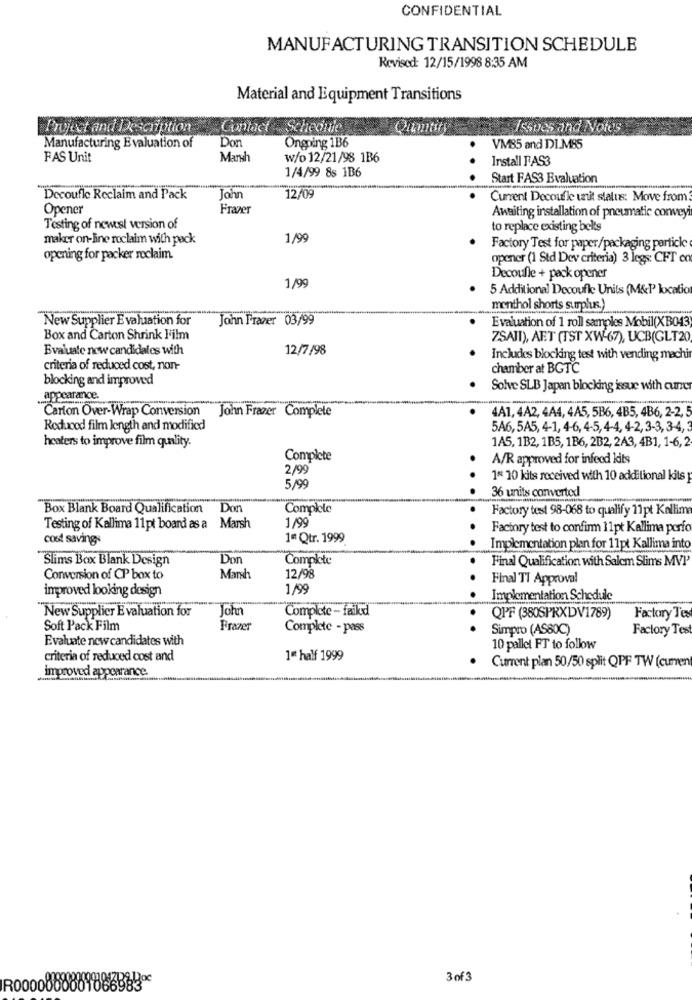
CONFIDENTIAL
MANUFACTURING TRANSITION SCHEDULE
Revised: 12/15/1998 8:35 AM
Material and Equipment Transitions
Project and Description
Contact
Scheonie
Qumtity
Issues and Notes
Don
Manufacturing Evaluation of
Ongoing 1B6
VM85 and DIM85
FAS Unit
Marsh
w/o 12/21/98 1B6
. .
Install FAS3
1/4/99 8s 1B6
.
Sta
Start FAS3 Evaluation
-
Decoufle Reclaim and Pack
John
12/09
Current Decoule tit status: Move from
Opener
Frazer
Awaiting installation of pneumatic conveyi
Testing of newest version of
to replace existing belts
maker on-line roclaim with pack
1/99
Factory Test for paper/packaging particle
opening for packer reclaim.
opener (1 Std Dev criteria) 3 legs: CFT co
Decoufle + pack opener
1/99
5 Additional Decoufle Units (M&P location
menthol shorts surpluss.)
New Supplier E valuation for
John Frazer 03/99
Evaluation of 1 roll samples Mobil(XB043
Box and Carton Shrink Film
ZSAJI), AET (TST XW-67), UCB(GLT20)
Evaluate new candidates with
12/7/98
Includes blocking test with vending machin
criteria of reduced cost, non-
chamber at BGTC
blocking and improved
Solve SLB Japan blocking issue with cuner
appearance.
Carton Over-Wrap Conversion John Frazer Complete
4A1, 4A2, 4A4, 4A5, 5B6, 4B5, 4B6, 2-2, 5
Reduced film length and modified
5A6,5A5, 4-1, 4-6, 4-5, 4-4, 4-2, 3-3, 3-4, 3
heaters to improve film quality.
1A5, 1B2, 1B5, 1B6, 2B2, 2A3, 4B1, 1-6, 2
Complete
A/R approved for infecd lits
2/99
1* 10 kits received with 10 additional kits
5/99
36 units converted
Box Blank Board Qualification
Don
Complete
Factory test 98-068 to qualify 11pt Kallim
1/99
. .
Testing of Kallima 11pt board as a Marsh
Factory test to confirm 11pt Kallima porfo
cost savings
1ª Qtr. 1999
.
Implementation plan for 11pt Kallima into
Slims Box Blank Design
Don
Complete
Final Qualification with Salem Slims MVP'
Conversion of CP box to
Marsh
12/98
Final TT Approval
improved looking design
1/99
.. .
Implementation Schedule
New Supplier E valuation for
John
Complete - faikd
QPF (380SPRXDV1789)
Factory Tes
Soft Pack Film
Prazer
Complete - pass
. .
Simpro (AS80℃)
Factory Test
Evaluate new candidates with
10 pallet FT to follow
criteria of reduced cost and
1ª half 1999
improved appearance
Current plan 50/50 split QPF TW (curren
3 of 3
R0000000001886983